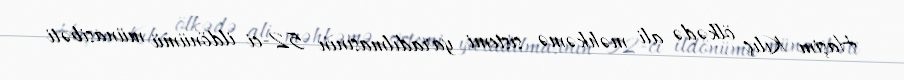
Haşim Kılıç ölkədə ali məhkəmə sistemi yaradılmasının 52-ci ildönümü münasibəti